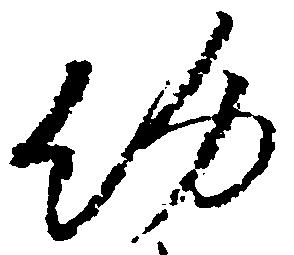
約